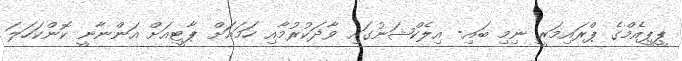
ޕީޕީއެމްގެ ޕްރައިމަރީ ނިމި ބައި- އިލެކްޝަނުގައި ވާދަކުރުމާއި ހަމައަަށް ޕާޓީއަށް އަންނާނީ ކޮންކަހަލަ